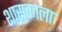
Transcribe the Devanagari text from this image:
शासकाला